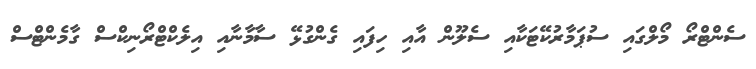
ސެންޓްރޯ މޯލްގައި ސުޕަމާރުކޭޓަކާއި ސެލޫން އާއި ހިފައި ގެންގުޅޭ ސާމާނާއި އިލެކްޓްރޯނިކްސް ގާމެންޓްސް